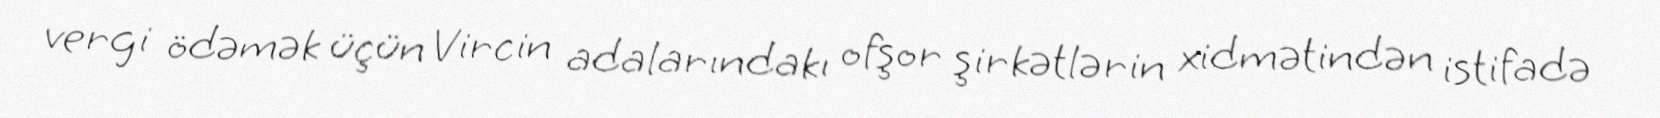
vergi ödəmək üçün Vircin adalarındakı ofşor şirkətlərin xidmətindən istifadə